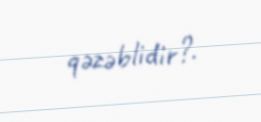
qəzəblidir?.